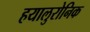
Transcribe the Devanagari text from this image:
हयालुरोनिक